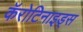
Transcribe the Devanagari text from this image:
कॅरोटिनाइड्स